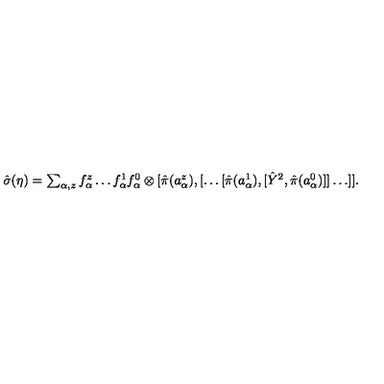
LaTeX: \textstyle \hat { \sigma } ( \eta ) = \sum _ { \alpha , z } f _ { \alpha } ^ { z } \dots f _ { \alpha } ^ { 1 } f _ { \alpha } ^ { 0 } \otimes [ \hat { \pi } ( a _ { \alpha } ^ { z } ) , [ \dots [ \hat { \pi } ( a _ { \alpha } ^ { 1 } ) , [ \hat { Y } ^ { 2 } , \hat { \pi } ( a _ { \alpha } ^ { 0 } ) ] ] \dots ] ] .